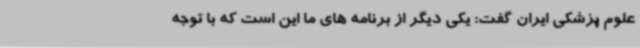
علوم پزشکی ایران گفت: یکی دیگر از برنامه های ما این است که با توجه